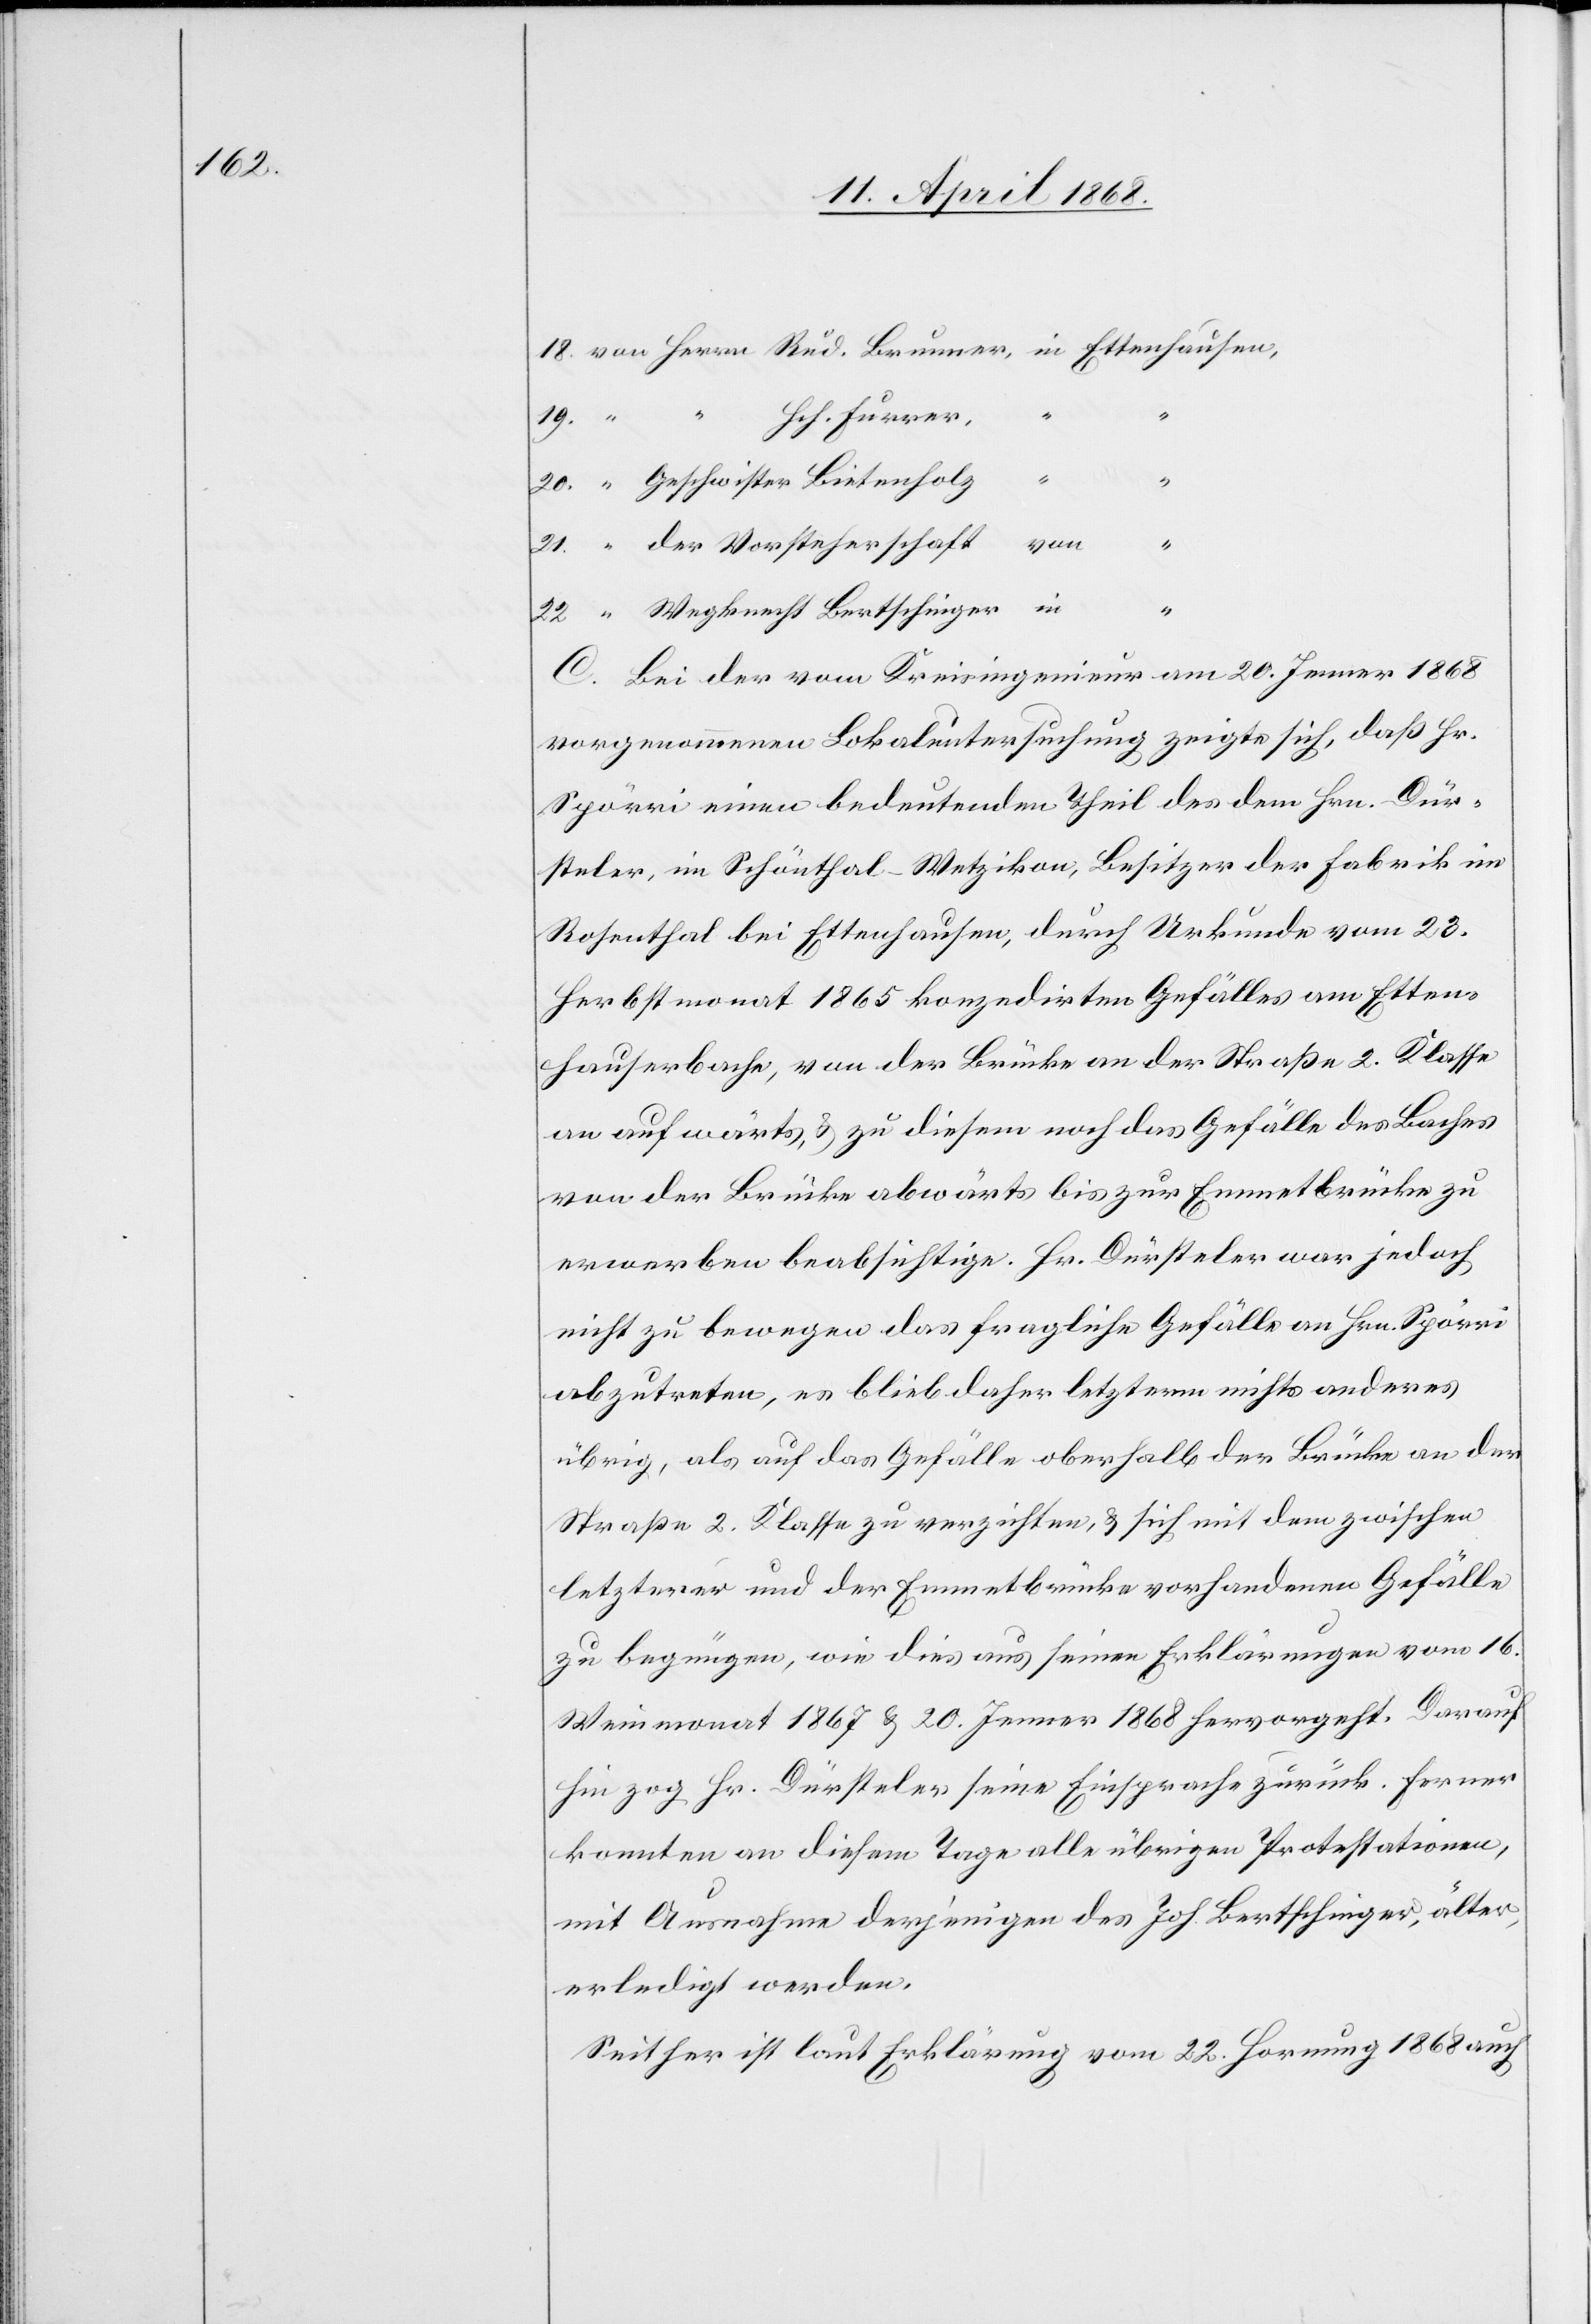
18.

Hch. Furrer,
“ “
20.
“ Geschwister Bietenholz
21.
von
“ der Vorsteherschaft
“ Wegknecht Bertschinger
C. Bei der vom Kreisingenieur am 20. Jenner 1868
vorgenommenen Lokaluntersuchung zeigte sich, daß Hr.
Spörri einen bedeutenden Theil des dem Hrn. Dür¬
steler, im Schönthal-Wetzikon, Besitzer der Fabrik im
Rosenthal bei Ettenhausen, durch Urkunde vom 23.
Herbstmonat 1865 konzedirten Gefälles am Etten¬
hauserbache, von der Brücke an der Straße 2. Klasse
an aufwärts, & zu diesem noch das Gefälle des Baches
von der Brücke abwärts bis zur Emmetbrücke zu
erwerben beabsichtige. Hr. Dürsteler war jedoch
nicht zu bewegen das fragliche Gefälle an Hrn. Spörri
abzutreten, es blieb daher letzterm nichts anderes
übrig, als auf das Gefälle oberhalb der Brücke an der
Straße 2. Klasse zu verzichten, & sich mit dem zwischen
letzterer und der Emmetbrücke vorhandenen Gefälle
zu begnügen, wie dies aus seinen Erklärungen vom 16.
Weinmonat 1867 & 20. Jenner 1868 hervorgeht. Darauf
hin zog Hr. Dürsteler seine Einsprache zurück. Ferner
konnten an diesem Tage alle übrigen Protestationen,
mit Ausnahme derjenigen des Joh. Bertschinger, älter,
erledigt werden.
Seither ist laut Erklärung vom 22. Hornung 1868 auch